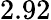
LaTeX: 2.92